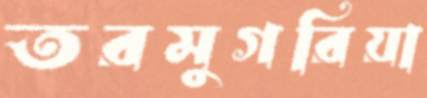
তরমুগরিয়া